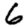
Digit: 6